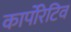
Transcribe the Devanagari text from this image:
कार्पोरेटिव